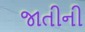
જાતીની